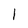
Character: 1